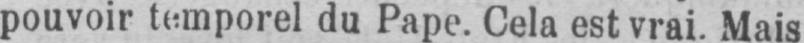
pouvoir temporel du Pape. Cela est vrai. Mais